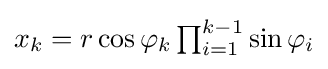
\textstyle x_{k}=r\cos \varphi _{k}\prod _{i=1}^{k-1}\sin \varphi _{i}